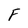
Character: F